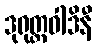
ဒုရုတ္တဝါဒိနီ